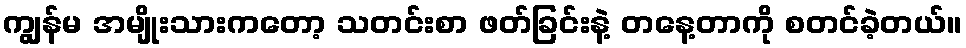
ကျွန်မ အမျိုးသားကတော့ သတင်းစာ ဖတ်ခြင်းနဲ့ တနေ့တာကို စတင်ခဲ့တယ်။